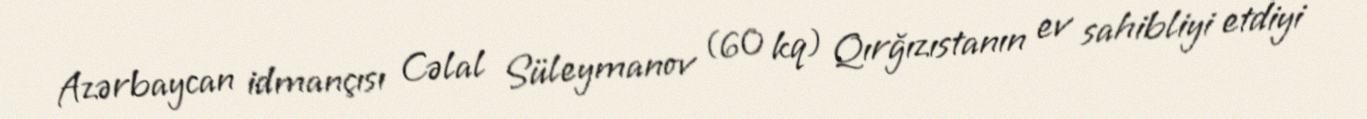
Azərbaycan idmançısı Cəlal Süleymanov (60 kq) Qırğızıstanın ev sahibliyi etdiyi